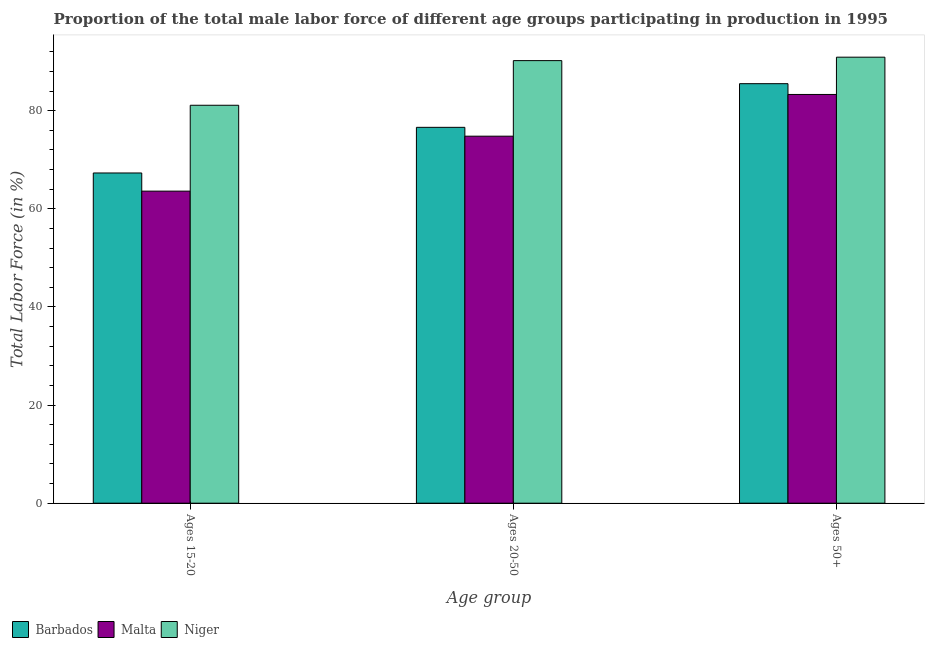
| Age group | Barbados | Malta | Niger |
 | --- | --- | --- | --- |
 | Ages 15-20 | 67.3 | 63.6 | 81.1 |
 | Ages 20-50 | 76.6 | 74.8 | 90.2 |
 | Ages 50+ | 85.5 | 83.3 | 90.9 |